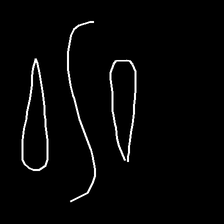
Glyph: water